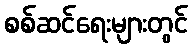
စစ်ဆင်ရေးများတွင်